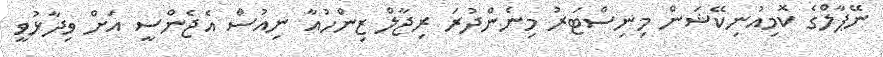
ނޭޕާލްގެ ކޮމިއުނިކޭޝަން މިނިސްޓަރު މިނެންދުރަ ރިޖާލް ޒިންހުއާ ނިއުސް އެޖެންސީ އަށް ވިދާޅުވީ